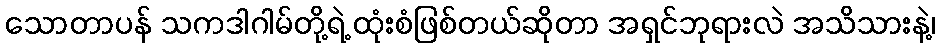
သောတာပန် သကဒါဂါမ်တို့ရဲ့ ထုံးစံဖြစ်တယ်ဆိုတာ အရှင်ဘုရားလဲ အသိသားနဲ့၊